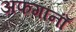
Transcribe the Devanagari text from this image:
अफगानाँं